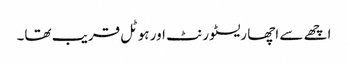
اچھے سے اچھا ریسٹورنٹ اور ہوٹل قریب تھا۔